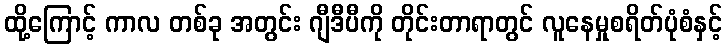
ထို့ကြောင့် ကာလ တစ်ခု အတွင်း ဂျီဒီပီကို တိုင်းတာရာတွင် လူနေမှုစရိတ်ပုံစံနှင့်